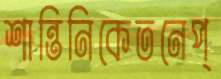
শান্তিনিকেতনেপ্